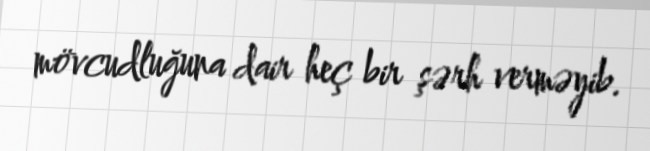
mövcudluğuna dair heç bir şərh verməyib.